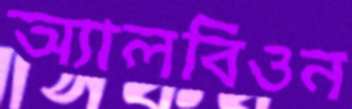
অ্যালবিওন